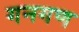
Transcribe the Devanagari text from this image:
गनगण